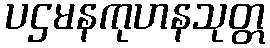
ပဌမနကုဟနသုတ္တ